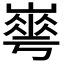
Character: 𡼙